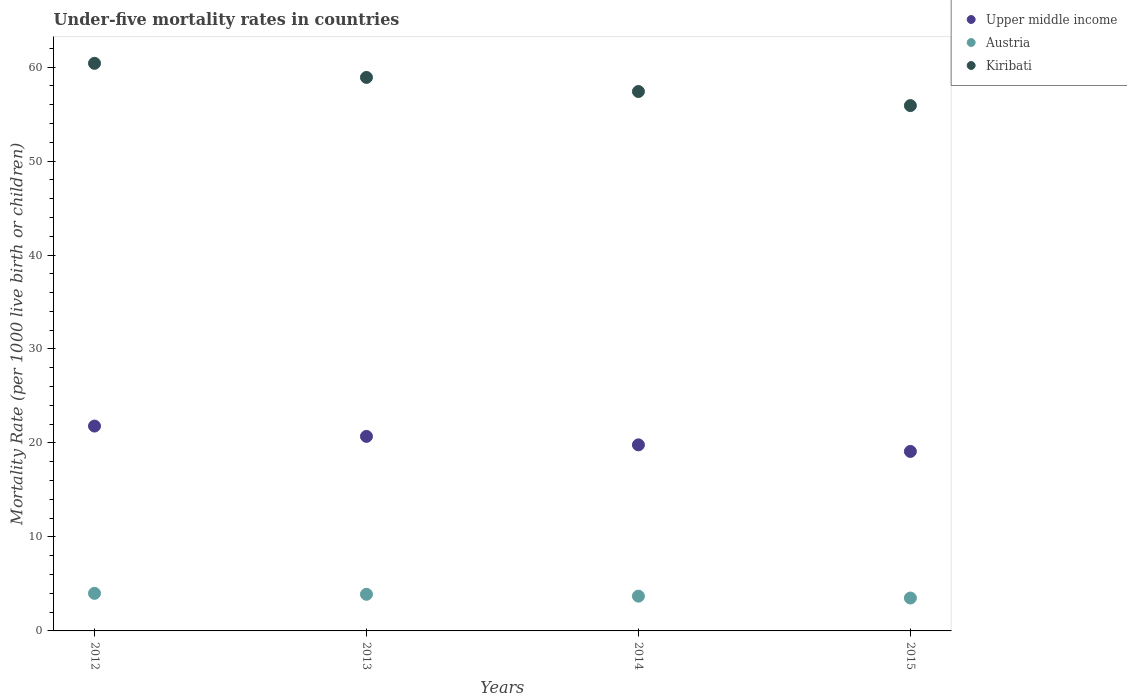
| Years | Upper middle income | Austria | Kiribati |
 | --- | --- | --- | --- |
 | 2012 | 21.8 | 4 | 60.4 |
 | 2013 | 20.7 | 3.9 | 58.9 |
 | 2014 | 19.8 | 3.7 | 57.4 |
 | 2015 | 19.1 | 3.5 | 55.9 |